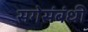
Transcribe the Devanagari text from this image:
सगेसंबंधी